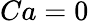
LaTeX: Ca=0